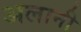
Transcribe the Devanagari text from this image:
अलानी